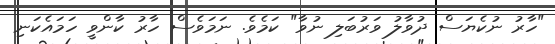
"ހާރު ނުކެޔަސް ދުވާލު ވަރުބަލި ނުވާ" ކަމެވެ. ނަމަވެސް ހާރު ކާންވީ ހަމައެކަނި